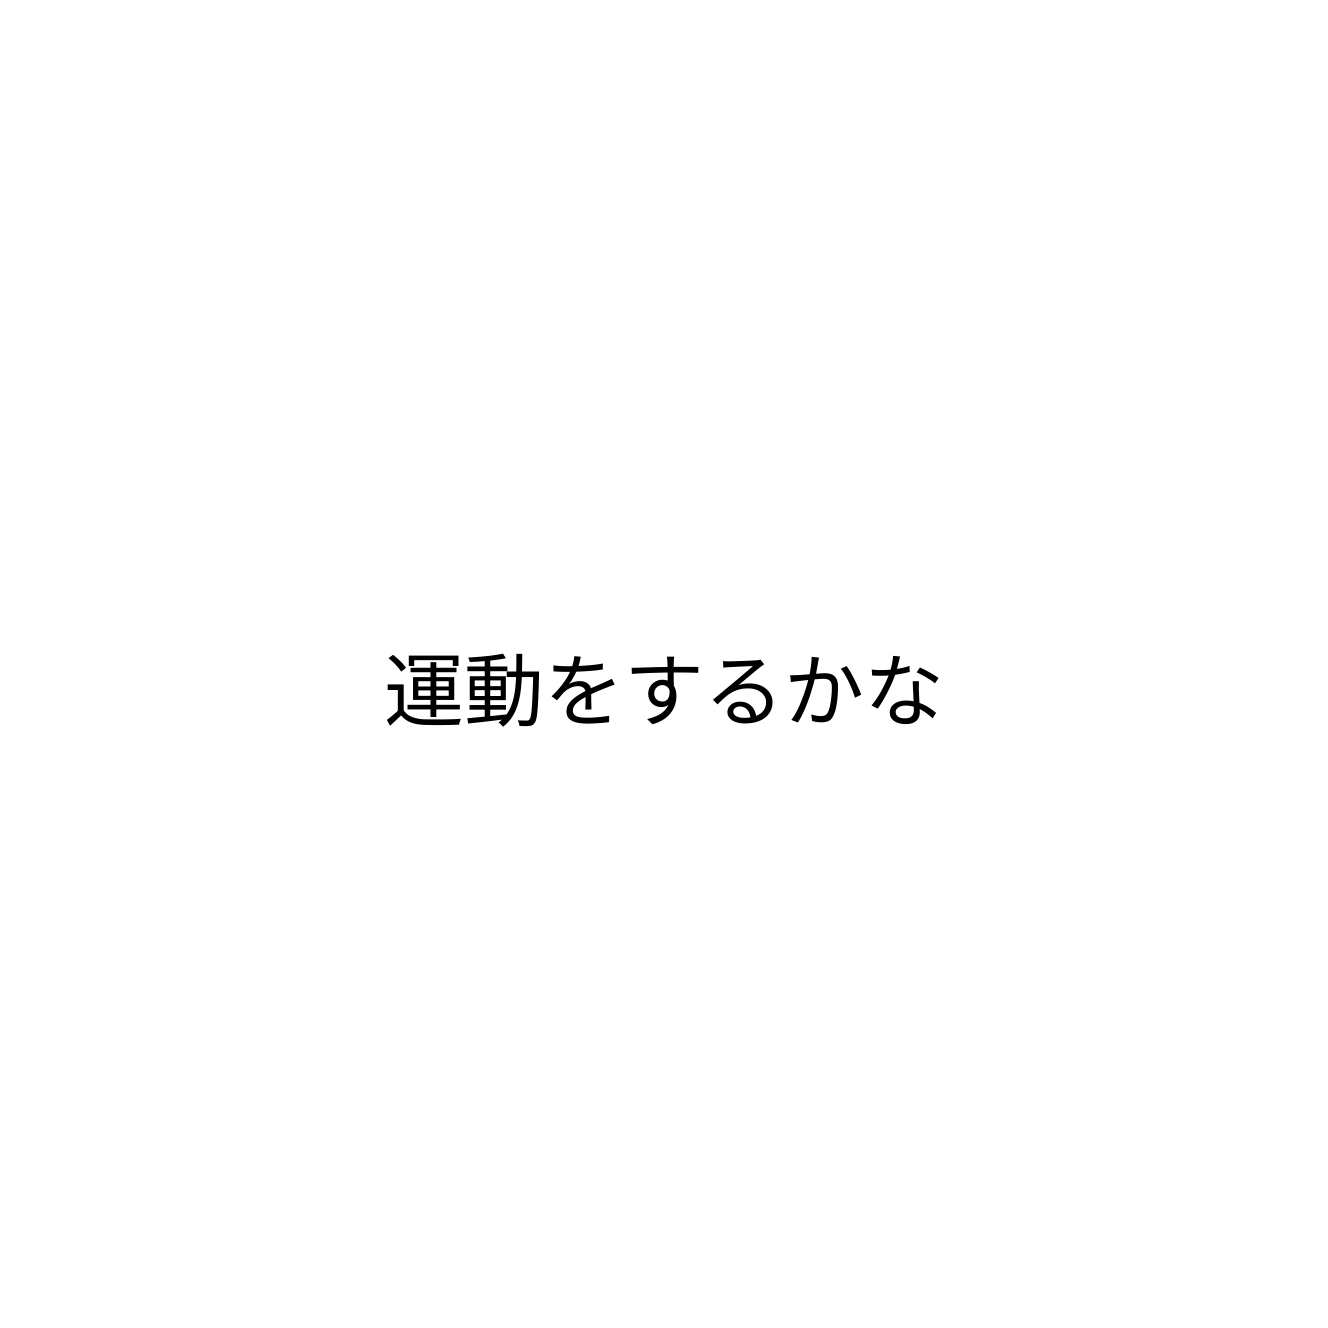
運動をするかな